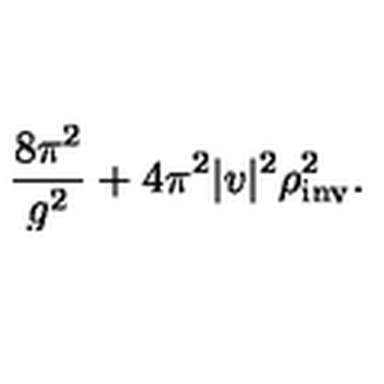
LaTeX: \frac { 8 \pi ^ { 2 } } { g ^ { 2 } } + 4 \pi ^ { 2 } | v | ^ { 2 } \rho _ { \mathrm { i n v } } ^ { 2 } .